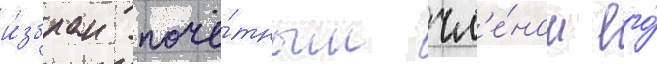
и́збран почё́тным чл'е́ном его́